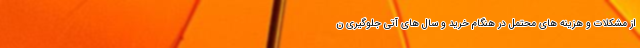
از مشکلات و هزینه های محتمل در هنگام خرید و سال های آتی جلوگیری ن